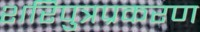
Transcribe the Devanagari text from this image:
शरिपुत्रप्रकरण